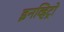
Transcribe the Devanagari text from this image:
इनव्हिट्रो